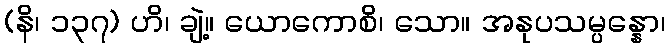
(နိ၊ ၁၃၇) ဟိ၊ ချဲ့။ ယောကောစိ၊ သော။ အနုပသမ္ပန္နော၊